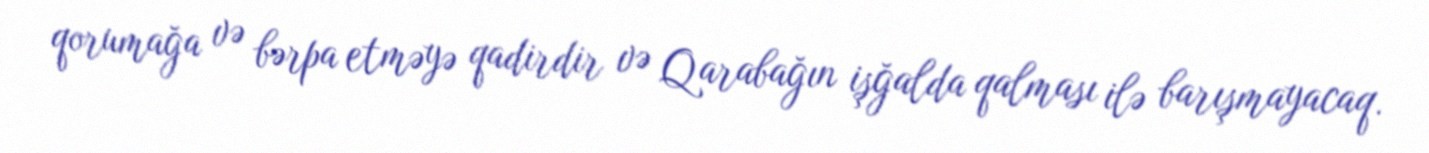
qorumağa və bərpa etməyə qadirdir və Qarabağın işğalda qalması ilə barışmayacaq.